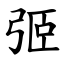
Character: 弬